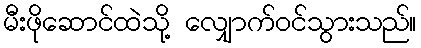
မီးဖိုဆောင်ထဲသို့ လျှောက်ဝင်သွားသည်။